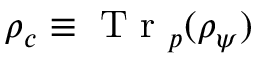
\rho _ { c } \equiv \mathrm { ~ T ~ r ~ } _ { p } ( \rho _ { \psi } )